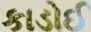
કાડોઈ